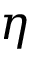
\eta